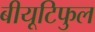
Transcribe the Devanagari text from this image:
बीयूटिफुल